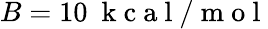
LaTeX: B=10\ \mathrm{~k~c~a~l~/~m~o~l~}